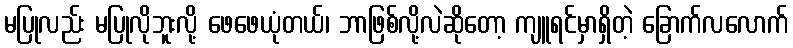
မပြုလည်း မပြုလိုဘူးလို့ ဖေဖေယုံတယ်၊ ဘာဖြစ်လို့လဲဆိုတော့ ကျူရင်မှာရှိတဲ့ ခြောက်လလောက်